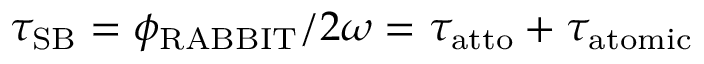
\tau _ { \mathrm { S B } } = \phi _ { \mathrm { R A B B I T } } / 2 \omega = \tau _ { \mathrm { a t t o } } + \tau _ { \mathrm { a t o m i c } }